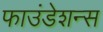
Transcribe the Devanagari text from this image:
फाउंडेशन्स